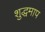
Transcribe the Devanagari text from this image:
शुद्धमाप